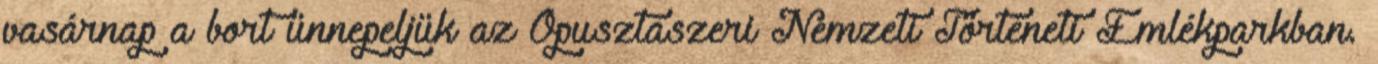
vasárnap a bort ünnepeljük az Ópusztaszeri Nemzeti Történeti Emlékparkban.